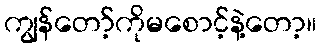
ကျွန်တော့်ကိုမစောင့်နဲ့တော့။